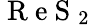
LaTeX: \mathrm{~R~e~S~}_{2}